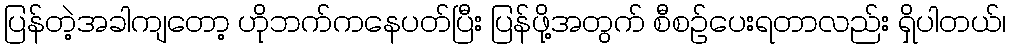
ပြန်တဲ့အခါကျတော့ ဟိုဘက်ကနေပတ်ပြီး ပြန်ဖို့အတွက် စီစဉ်ပေးရတာလည်း ရှိပါတယ်၊